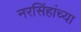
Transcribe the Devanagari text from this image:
नरसिंहांच्या